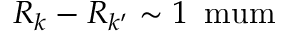
R _ { k } - R _ { k ^ { \prime } } \sim 1 \, \mathrm { \ m u m }